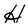
Character: H